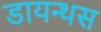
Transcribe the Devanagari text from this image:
डायन्थस